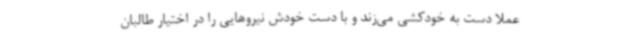
عملا دست به خودکشی می‌زند و با دست خودش نیروهایی را در اختیار طالبان